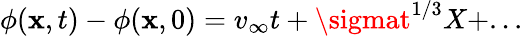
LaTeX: \phi(\mathbf{x},t)-\phi(\mathbf{x},0)=v_{\infty}t+\sigmat^{1/3}X+...